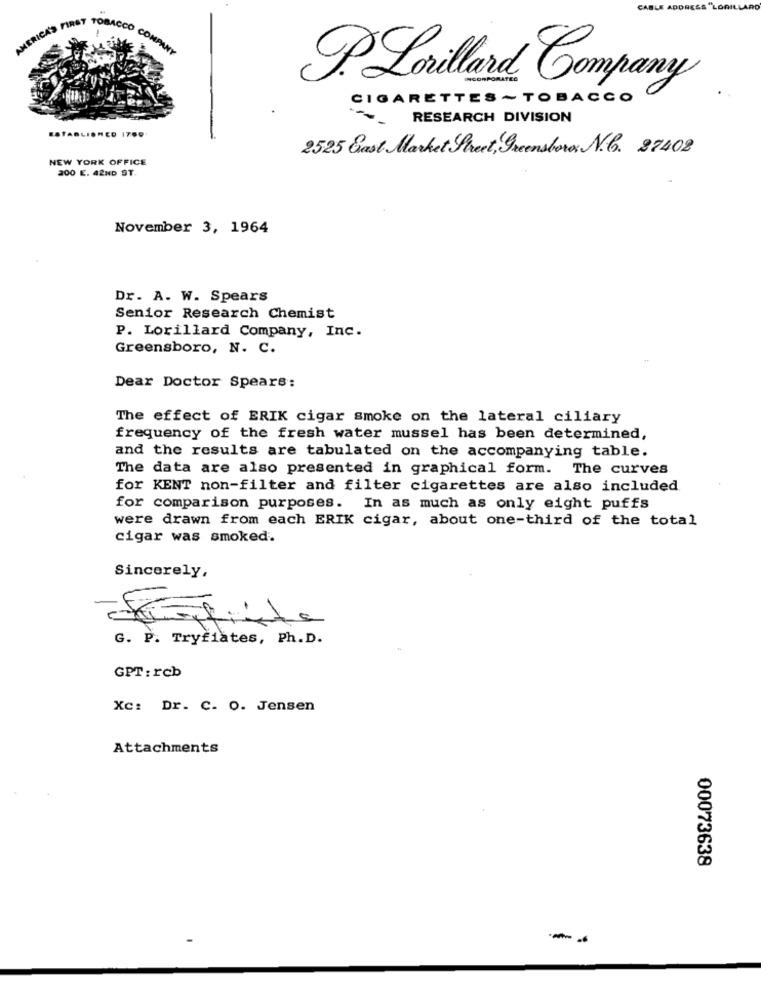
CABLE ADDRESS "LORILLARD
AMERICA'S FIRST
TOBACCO C
P. Lorillard Company
CIGARETTES ~ TOBACCO
RESEARCH DIVISION
ESTABLISHED 1700
2525 East Market Street, Greensboro N. 27402
NEW YORK OFFICE
200 E. 42ND ST.
November 3, 1964
Dr. A. W. Spears
Senior Research Chemist
P. Lorillard Company, Inc.
Greensboro, N. C.
Dear Doctor Spears:
The effect of ERIK cigar smoke on the lateral ciliary
frequency of the fresh water mussel has been determined,
and the results are tabulated on the accompanying table.
The data are also presented in graphical form. The curves
for KENT non-filter and filter cigarettes are also included
for comparison purposes. In as much as only eight puffs
were drawn from each ERIK cigar, about one-third of the total
cigar was smoked.
Sincerely,
G. P. Tryfiates, Ph.D.
GPT:rcb
Xc: Dr. C. O. Jensen
Attachments
00073638